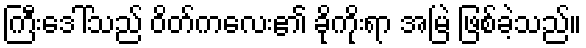
ကြီးဒေါ်သည် ဝိတ်ကလေး၏ ခိုကိုးရာ အမြဲ ဖြစ်ခဲ့သည်။